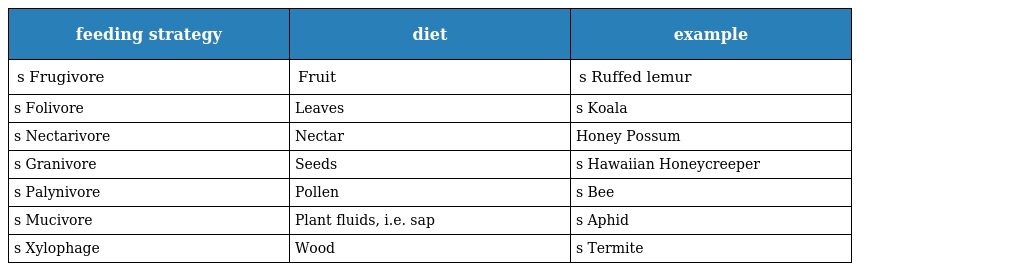
| feeding strategy | diet | example |
 | --- | --- | --- |
 | s Frugivore | Fruit | s Ruffed lemur |
 | s Folivore | Leaves | s Koala |
 | s Nectarivore | Nectar | Honey Possum |
 | s Granivore | Seeds | s Hawaiian Honeycreeper |
 | s Palynivore | Pollen | s Bee |
 | s Mucivore | Plant fluids, i.e. sap | s Aphid |
 | s Xylophage | Wood | s Termite |